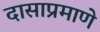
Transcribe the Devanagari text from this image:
दासाप्रमाणे